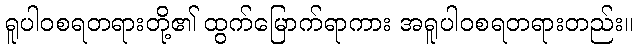
ရူပါဝစရတရားတို့၏ ထွက်မြောက်ရာကား အရူပါဝစရတရားတည်း။